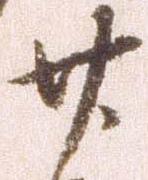
廿